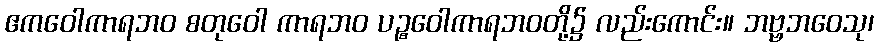
ဧကဝေါကာရဘဝ စတုဝေါ ကာရဘဝ ပဉ္စဝေါကာရဘဝတို့၌ လည်းကောင်း။ ဘဗ္ဗဘဝေသု၊